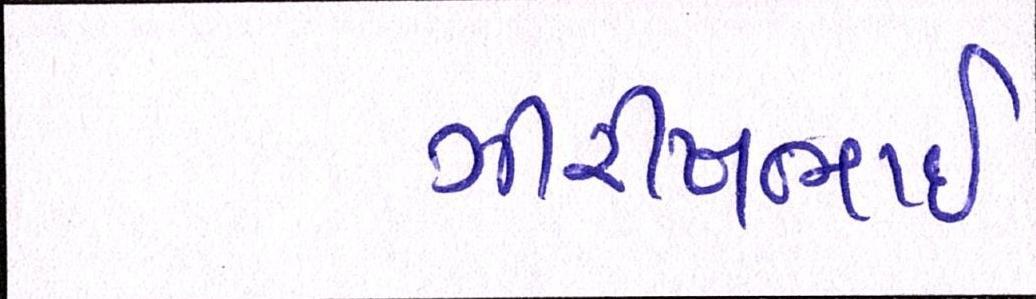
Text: ગીરીષભાઈ